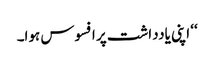
‘‘ اپنی یادداشت پر افسوس ہوا۔